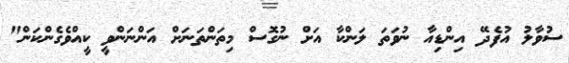
ސުވާލު އުފެދޭ އިންޑިއާ ނުވަތަ ލަންކާ އަށް ނުގޮސް މިތަންތަނަށް އަންނަންވީ ކީއްވެގެންކަން"